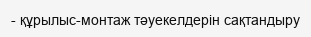
- құрылыс-монтаж тәуекелдерін сақтандыру